画像に写った文字を読んでください
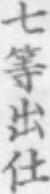
「七等出仕」と書いてあります